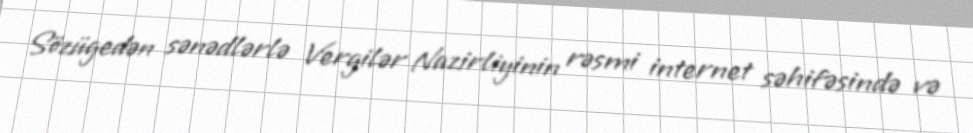
Sözügedən sənədlərlə Vergilər Nazirliyinin rəsmi internet səhifəsində və